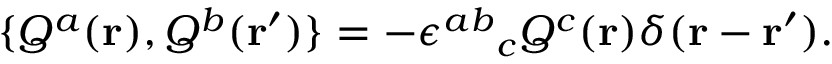
\{ Q ^ { a } ( { \bf r } ) , Q ^ { b } ( { \bf r ^ { \prime } } ) \} = - { \epsilon ^ { a b } } _ { c } Q ^ { c } ( { \bf r } ) \delta ( { \bf r } - { \bf r ^ { \prime } } ) .